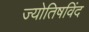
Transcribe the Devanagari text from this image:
ज्योतिषविंद